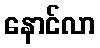
နောင်လာ